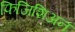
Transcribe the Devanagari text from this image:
फिजिशिअन